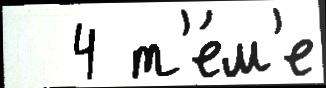
  4 т'е́м'е